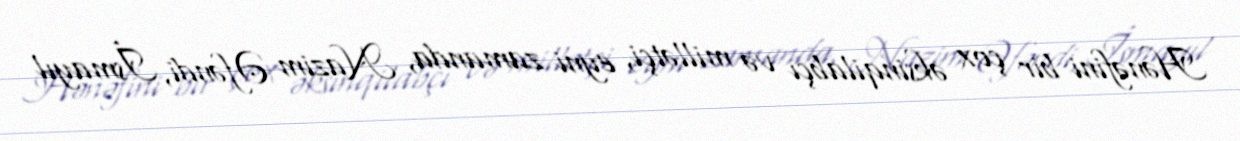
Hənəfini bir çox əksinqilabçı və millətçi, eyni zamanda, Nazim Əfəndi, İsmayıl